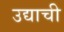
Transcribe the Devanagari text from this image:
उद्याची